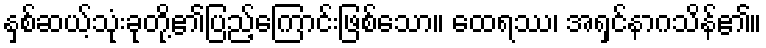
နှစ်ဆယ့်သုံးခုတို့၏ပြည့်ကြောင်းဖြစ်သော။ ထေရဿ၊ အရှင်နာဂသိန်၏။